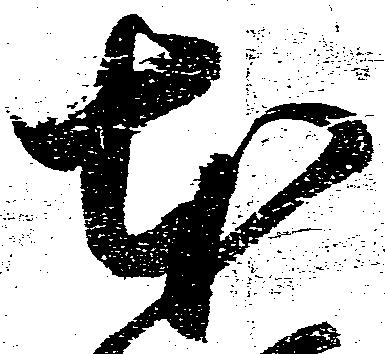
本